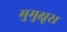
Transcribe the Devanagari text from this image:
मुमुक्षूस